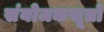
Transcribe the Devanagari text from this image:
संयोजकसूत्रों